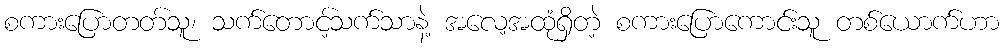
စကားပြောတတ်သူ၊ သက်တောင့်သက်သာနဲ့ အလေ့အထုံရှိတဲ့ စကားပြောကောင်းသူ တစ်ယောက်ဟာ